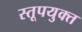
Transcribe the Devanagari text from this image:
स्तूपयुक्त